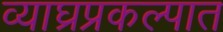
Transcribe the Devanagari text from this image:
व्याघ्रप्रकल्पात